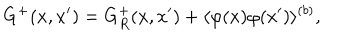
G ^ { + } ( x , x ^ { \prime } ) = G _ { R } ^ { + } ( x , x ^ { \prime } ) + \langle \varphi ( x ) \varphi ( x ^ { \prime } ) \rangle ^ { ( b ) } ,